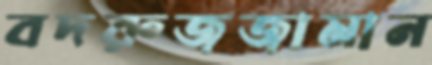
বদরুজজামান